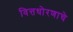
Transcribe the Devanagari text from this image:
वित्तधोरणाचे